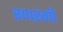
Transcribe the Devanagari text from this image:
रणरंगी